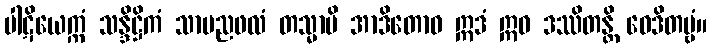
ပါဋိယေက္ကံ သန္ဒိဋ္ဌိကံ သာမညဖလံ တသ္မာပိ အာဒိတောဝ ဣဒံ ဣဓ ဒဿိတန္တိ ဝေဒိတဗ္ဗံ။